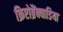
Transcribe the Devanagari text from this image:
क्रिप्टोब्रैंक्वाडिया